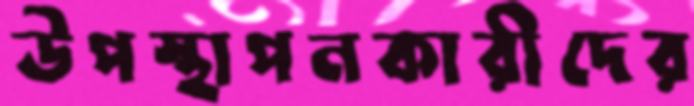
উপস্থাপনকারীদের